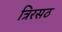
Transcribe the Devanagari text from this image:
त्रिरसठ